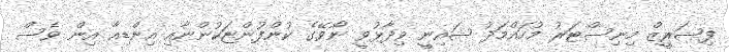
ފިޝަރީޒް މިނިސްޓަރު މުހައްމަދު ޝައިނީ ވިދާޅުވީ ނޯވޭގެ ކުންފުންޏަކުންނާއި އިންޑިއާ އިން ވެސް